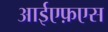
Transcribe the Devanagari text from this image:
आईएफ़एस